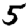
Digit: 5